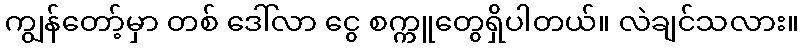
ကျွန်တော့်မှာ တစ် ဒေါ်လာ ငွေ စက္ကူတွေရှိပါတယ်။ လဲချင်သလား။